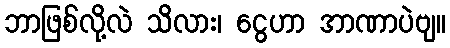
ဘာဖြစ်လို့လဲ သိလား၊ ငွေဟာ အာဏာပဲဗျ။